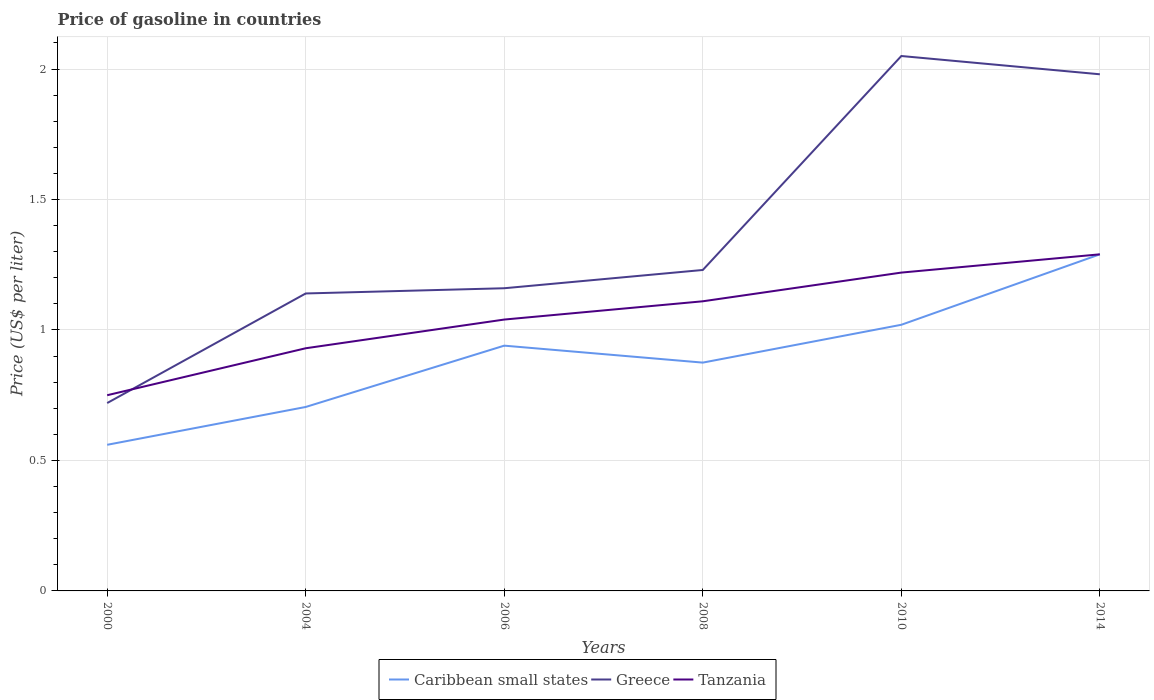
| Years | Caribbean small states | Greece | Tanzania |
 | --- | --- | --- | --- |
 | 2000 | 0.56 | 0.72 | 0.75 |
 | 2004 | 0.705 | 1.14 | 0.93 |
 | 2006 | 0.94 | 1.16 | 1.04 |
 | 2008 | 0.875 | 1.23 | 1.11 |
 | 2010 | 1.02 | 2.05 | 1.22 |
 | 2014 | 1.29 | 1.98 | 1.29 |